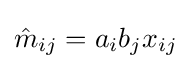
{\hat {m}}_{ij}=a_{i}b_{j}x_{ij}